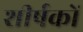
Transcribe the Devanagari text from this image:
शीर्षकाें